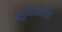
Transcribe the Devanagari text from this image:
बहुविवाहिता